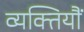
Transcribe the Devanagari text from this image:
व्यक्तियौं